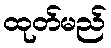
ထုတ်မည်